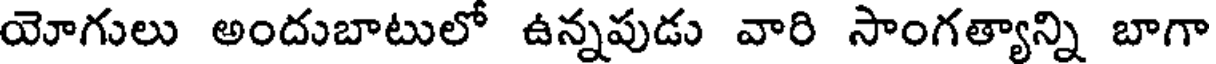
యోగులు అందుబాటులో ఉన్నపుడు వారి సాంగత్యాన్ని బాగా